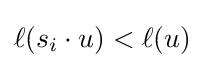
\ell (s_{i}\cdot u)<\ell (u)